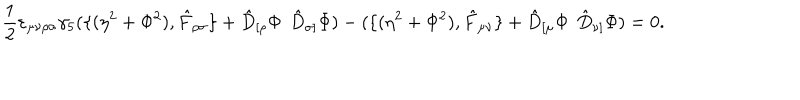
LaTeX: \frac { 1 } { 2 } \varepsilon _ { \mu \nu \rho \sigma } \gamma _ { 5 } ( \{ ( \eta ^ { 2 } + \Phi ^ { 2 } ) , \hat { F } _ { \rho \sigma } \} + \hat { D } _ { [ \rho } \Phi \: \: \hat { D } _ { \sigma ] } \Phi ) - ( \{ ( \eta ^ { 2 } + \Phi ^ { 2 } ) , \hat { F } _ { \mu \nu } \} + \hat { D } _ { [ \mu } \Phi \: \: \hat { D } _ { \nu ] } \Phi ) = 0 .